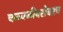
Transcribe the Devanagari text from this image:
चळवळीबरोबरच